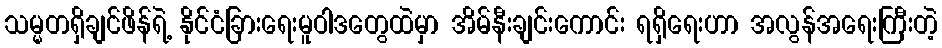
သမ္မတရှိချင်ဖိန်ရဲ့ နိုင်ငံခြားရေးမူဝါဒတွေထဲမှာ အိမ်နီးချင်းကောင်း ရရှိရေးဟာ အလွန်အရေးကြီးတဲ့